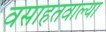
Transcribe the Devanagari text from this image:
वसाहतवाल्या